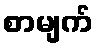
စာမျက်